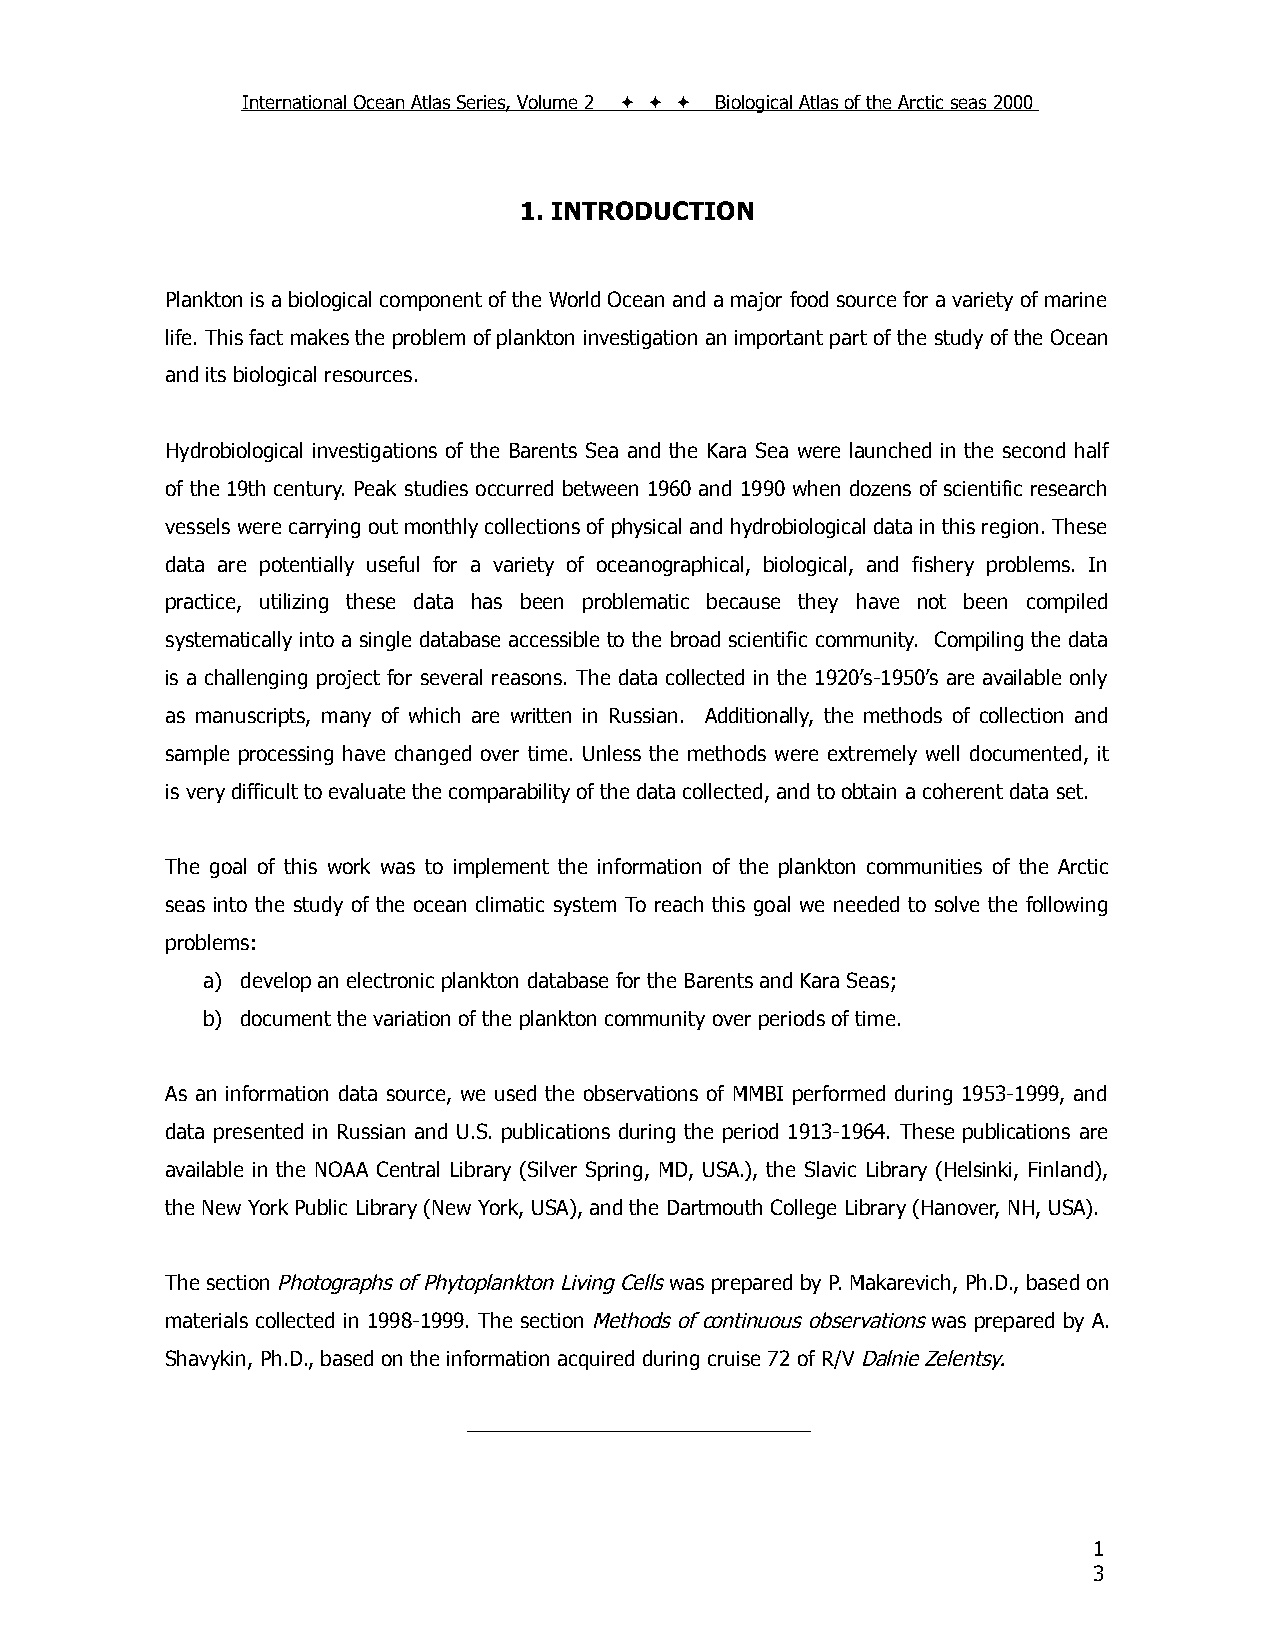
International Ocean Atlas Series, Volume 2    Biological Atlas of the Arctic seas 2000
 1. INTRODUCTION
 Plankton is a biological component of the World Ocean and a major food source for a variety of marine
 life. This fact makes the problem of plankton investigation an important part of the study of the Ocean
 and its biological resources.
 Hydrobiological investigations of the Barents Sea and the Kara Sea were launched in the second half
 of the 19th century. Peak studies occurred between 1960 and 1990 when dozens of scientific research
 vessels were carrying out monthly collections of physical and hydrobiological data in this region. These
 data are potentially useful for a variety of oceanographical, biological, and fishery problems. In
 practice, utilizing these data has been problematic because they have not been compiled
 systematically into a single database accessible to the broad scientific community. Compiling the data
 is a challenging project for several reasons. The data collected in the 1920’s-1950’s are available only
 as manuscripts, many of which are written in Russian. Additionally, the methods of collection and
 sample processing have changed over time. Unless the methods were extremely well documented, it
 is very difficult to evaluate the comparability of the data collected, and to obtain a coherent data set.
 The goal of this work was to implement the information of the plankton communities of the Arctic
 seas into the study of the ocean climatic system To reach this goal we needed to solve the following
 problems:
 a) develop an electronic plankton database for the Barents and Kara Seas;
 b) document the variation of the plankton community over periods of time.
 As an information data source, we used the observations of MMBI performed during 1953-1999, and
 data presented in Russian and U.S. publications during the period 1913-1964. These publications are
 available in the NOAA Central Library (Silver Spring, MD, USA.), the Slavic Library (Helsinki, Finland),
 the New York Public Library (New York, USA), and the Dartmouth College Library (Hanover, NH, USA).
 The section Photographs of Phytoplankton Living Cells was prepared by P. Makarevich, Ph.D., based on
 materials collected in 1998-1999. The section Methods of continuous observations was prepared by A.
 Shavykin, Ph.D., based on the information acquired during cruise 72 of R/V Dalnie Zelentsy.
 ______________________________
 1
 3